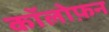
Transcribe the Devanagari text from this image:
कॉलोफ़न